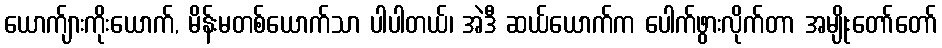
ယောက်ျားကိုးယောက်, မိန်းမတစ်ယောက်သာ ပါပါတယ်၊ အဲဒီ ဆယ်ယောက်က ပေါက်ဖွားလိုက်တာ အမျိုးတော်တော်